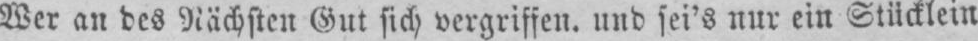
Wer an des Nächsten Gut sich vergriffen, und sei’s nur ein Stücklein